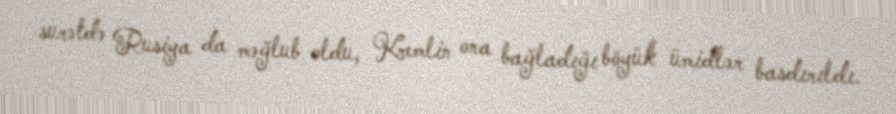
surətdə Rusiya da məğlub oldu, Kremlin ona bağladığı böyük ümidlər basdırıldı.